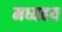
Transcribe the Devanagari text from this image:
मध्यवय